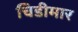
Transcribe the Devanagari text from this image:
चिडीमार